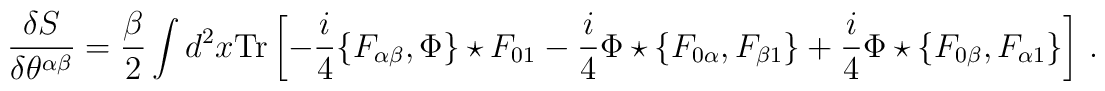
\frac{\delta S}{\delta \theta^{\alpha\beta}} = \frac{\beta}{2}\int d^2x{\mathrm{Tr}}\left[-\frac i4 \{F_{\alpha\beta}, \Phi\} \star F_{01}-\frac i4 \Phi \star \{F_{0\alpha}, F_{\beta 1}\} + \frac i4 \Phi \star\{F_{0\beta}, F_{\alpha 1}\}\right]\,.